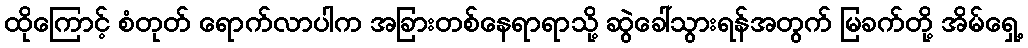
ထိုကြောင့် စံတုတ် ရောက်လာပါက အခြားတစ်နေရာရာသို့ ဆွဲခေါ်သွားရန်အတွက် မြခက်တို့ အိမ်ရှေ့